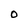
Character: 0